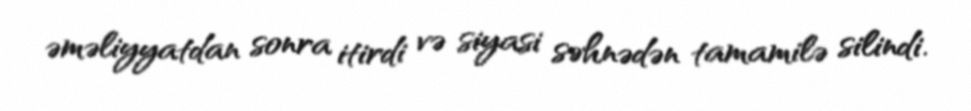
əməliyyatdan sonra itirdi və siyasi səhnədən tamamilə silindi.